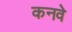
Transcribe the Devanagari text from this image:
कनवे